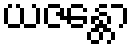
ယဇန္တော